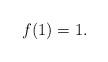
LaTeX: \begin{align*}f(1)=1.\end{align*}